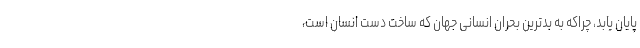
پایان یابد،‌ چراکه به بدترین بحران انسانی جهان که ساخت دست انسان است،